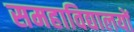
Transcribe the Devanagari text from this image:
समहाविद्यालयों